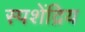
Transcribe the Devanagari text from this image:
स्पशेंद्रिय